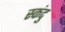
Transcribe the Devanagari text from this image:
स्कंदु